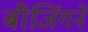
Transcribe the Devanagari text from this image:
बीजिंगने